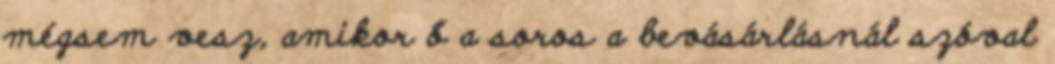
mégsem vesz, amikor ő a soros a bevásárlásnál szóval